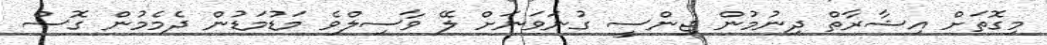
މިގޮތަށް އިޝާރާތް ދިނުމުން ޖިންސީ ގުނަވަނަށް ލޭ ވާސިލްވެ މަޑުމަޑުން ދެމެމުން ގޮސް